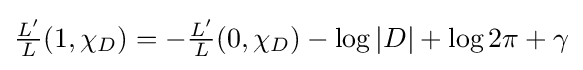
{\textstyle {\frac {L'}{L}}(1,\chi _{D})=-{\frac {L'}{L}}(0,\chi _{D})-\log |D|+\log 2\pi +\gamma }